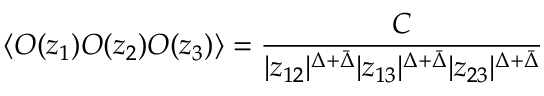
\langle O ( z _ { 1 } ) O ( z _ { 2 } ) O ( z _ { 3 } ) \rangle = { \frac { C } { | z _ { 1 2 } | ^ { \Delta + \bar { \Delta } } | z _ { 1 3 } | ^ { \Delta + \bar { \Delta } } | z _ { 2 3 } | ^ { \Delta + \bar { \Delta } } } }